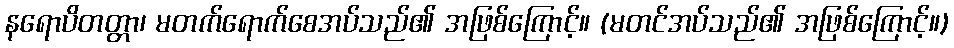
နရောပိတတ္တာ၊ မတက်ရောက်စေအပ်သည်၏ အဖြစ်ကြောင့်။ (မတင်အပ်သည်၏ အဖြစ်ကြောင့်။)